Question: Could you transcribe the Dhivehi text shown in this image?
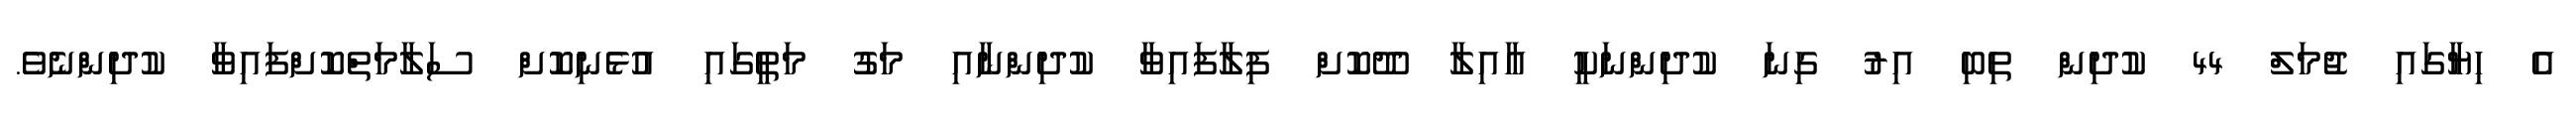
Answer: އެ ހިޔާގައި ޖުމަލް 44 ކުދިން ތިބި އިރު ގިނަ ކުދިންނަކީ އާއިލާ ދޫކޮށް ފިލާފައިވާ ކުދިންނާއި މަގު މަތީގައި އުޅެނިކޮށް ސަލާމަތްކޮށްފައިވާ ކުދިންނެވެ.